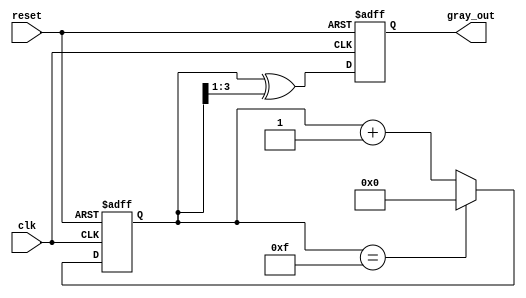
module gray_code_counter #(
    parameter N = 4  // Number of bits for the counter
)(
    input wire clk,       // Clock signal
    input wire reset,     // Asynchronous reset signal
    output reg [N-1:0] gray_out // Gray code output
);

    reg [N-1:0] binary_count; // Binary counter register

    // Function to convert binary to Gray code
    function [N-1:0] binary_to_gray;
        input [N-1:0] binary;
        begin
            binary_to_gray = binary ^ (binary >> 1);
        end
    endfunction

    // Always block for counter and Gray code output
    always @(posedge clk or posedge reset) begin
        if (reset) begin
            binary_count <= 0; // Reset binary counter
            gray_out <= 0;     // Reset Gray code output
        end else begin
            if (binary_count == (1 << N) - 1) begin
                binary_count <= 0; // Wrap around
            end else begin
                binary_count <= binary_count + 1; // Increment counter
            end
            gray_out <= binary_to_gray(binary_count); // Update Gray code output
        end
    end

endmodule